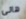
هانى